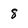
Character: 8